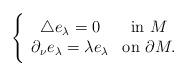
LaTeX: \begin{align*} \Bigg \{\begin{array}{cc}\triangle e_\lambda=0 & $in $ M \\\partial_\nu e_\lambda=\lambda e_\lambda & $on $ \partial M. \end{array}\end{align*}